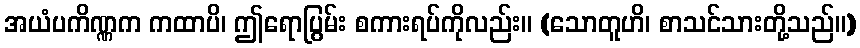
အယံပကိဏ္ဏက ကထာပိ၊ ဤရောပြွမ်း စကားရပ်ကိုလည်း။ (သောတူဟိ၊ စာသင်သားတို့သည်။)